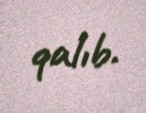
qalıb.